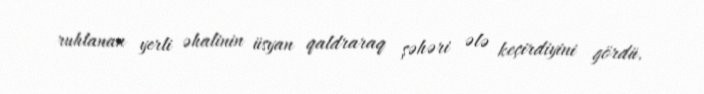
ruhlanan yerli əhalinin üsyan qaldraraq şəhəri ələ keçirdiyini gördü.